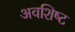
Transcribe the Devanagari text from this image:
अवशिष्‍ट